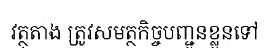
វត្ថុតាង ត្រូវសមត្ថកិច្ចបញ្ជូនខ្លួនទៅ